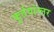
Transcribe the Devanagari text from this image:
फुर्तवांग्लर